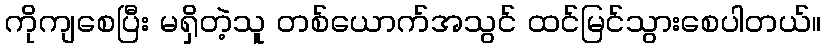
ကိုကျစေပြီး မရှိတဲ့သူ တစ်ယောက်အသွင် ထင်မြင်သွားစေပါတယ်။